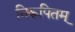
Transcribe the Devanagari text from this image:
निरूपितम्